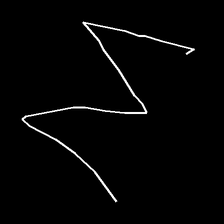
Glyph: crush